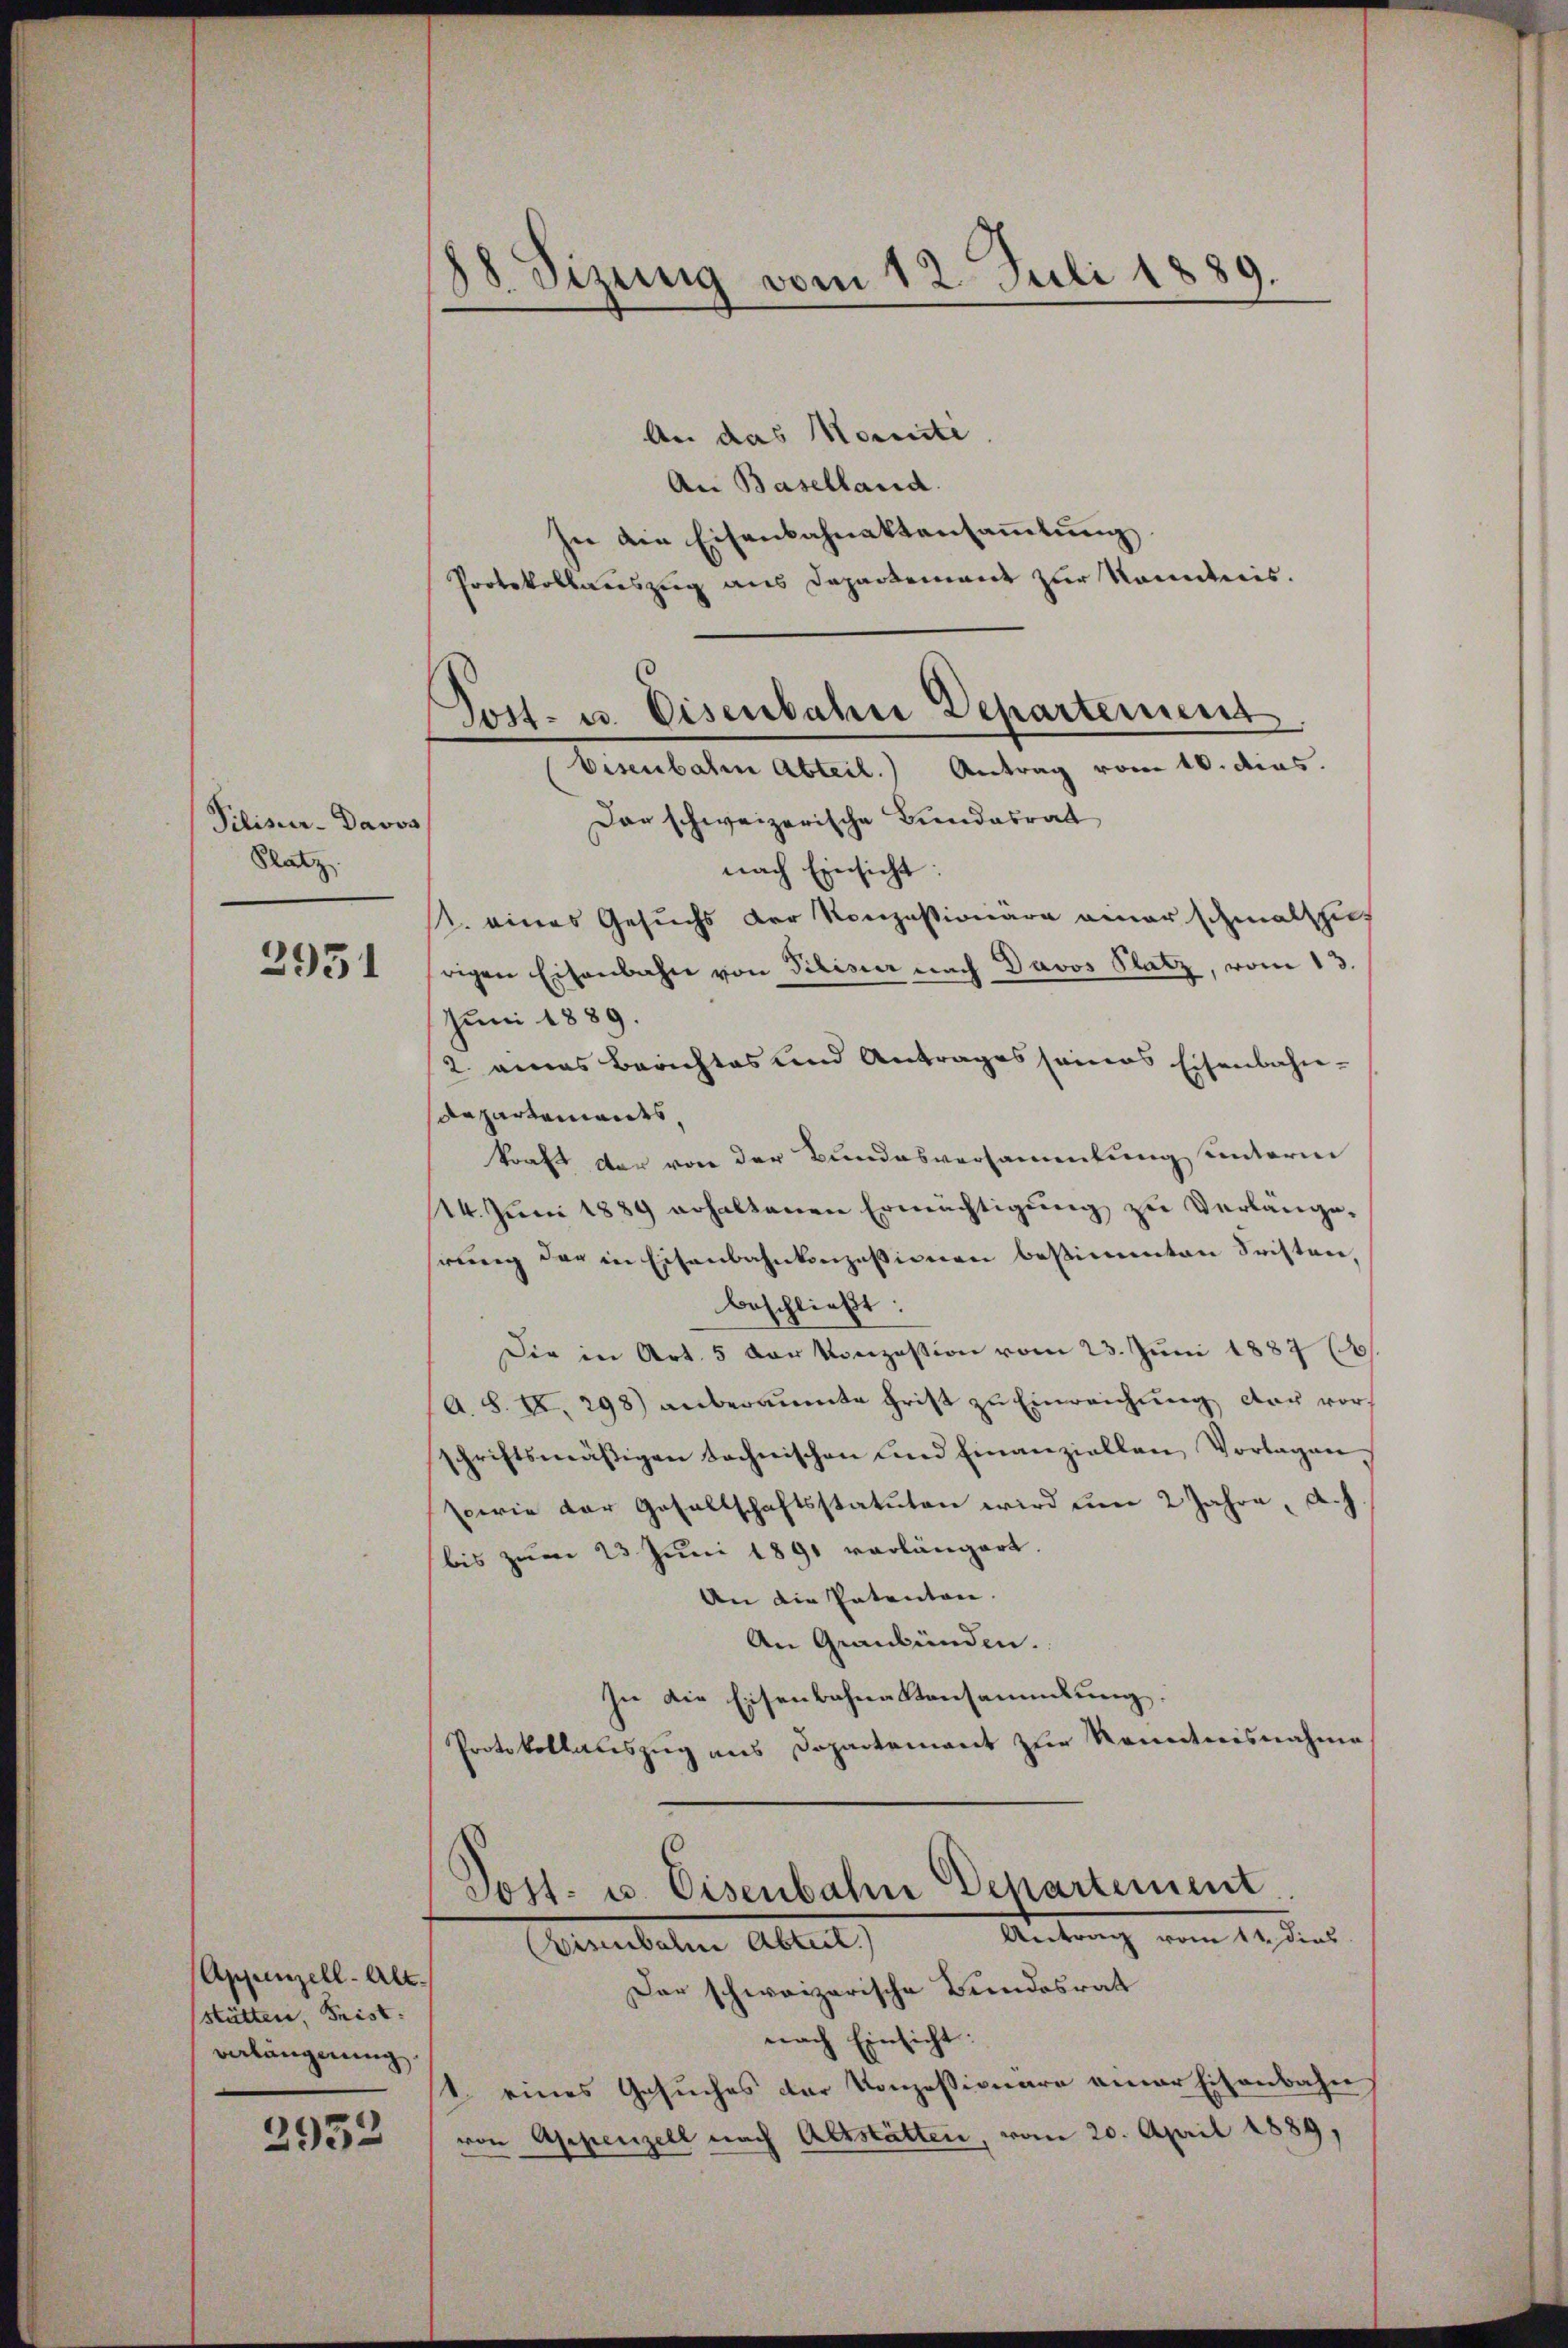
Pilisir- Davos
Platz

2951

Appenzell-Alt.
stätten, Frist.
verlängerung.

2932

88. Sizung vom 12. Juli 1889.

Post- u. Eisenbahn Departement
bisenbaten Abteil.) Antrag vom 10. dies.

An das Morite
An Baselland.
In die Eisenbahnaktensammlung
Protokollauszug aus Departement zur Kenntnis.
Dar schweizerische Bundesrat
nach Einsicht:
1. eines Gesuchs der Konzessionara ainer schmalzhut
srigen Eisenbahn von Pilisier nach Davos Platz, vom 13.
Juni 1889.
2. eines Berichtes und Antrages seines Eisenbahn-
Repartements,
kraft der von der Bundesversammlung unterm
24. Juni 1889 erhaltenen Ermächtigung zu Verlänge.
rung der in Eisenbahnkonzessionen bestimmten Fristen,
beschließt:
Die in Art. 5 der Konzession vom 23. Juni 1887 (8
A. S. XI. 298) anberaumte Frist zu Einreichung der vorschriftsmäßigen technischen und Einanziellen Vorlagen.
sowie der Gesellschaftsstatuten wird um 2 Jahre, A. h.
bis zum 23 Juni 1891 vorlängert.
An die Patenten.
An Graubünden.
In die Eisenbahnaktensammlung.
Protokollauszug aus Dopartement zur Kenntnisnahme
Post- u. Eisenbahn Departement
Antrag vom 12. dies
isenbahne Abteil)
Der schweizerische Bundesrat
nach Einsicht:
1. eines Gesuches der Konzessionäre einer Eisenbahn
von Appenzell nach Altstätten, vom 20. April 1889,